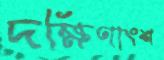
দক্ষিণাংশ